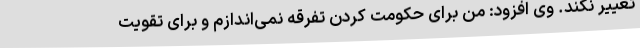
تغییر نکند. وی افزود: من برای حکومت کردن تفرقه نمی‌اندازم و برای تقویت